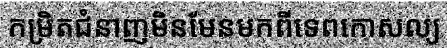
កម្រិតជំនាញមិនមែនមកពីទេពកោសល្យ